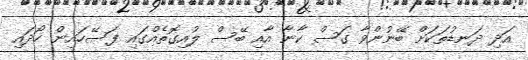
އަދި ދަނޑުތަކަށް ބޭނުންވާ ގަސް ކާނާ އާއި ބޭސް ލުއިގޮތެއްގައި ފަސޭހައިން ހޯދައި